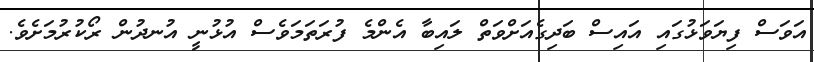
އަވަސް ފިޔަވަޅުގައި އައިސް ބަދިގެއަށްވަތް ލައިބާ އެންމެ ފުރަތަމަވެސް އުޅުނީ އުނދުން ރޯކުރުމަށެވެ.